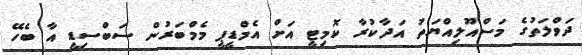
ދަވްލަތުގެ މަސްއޫލިއްޔަތު އަދާކުރާ ކޮމިޓީ އަށް އެމްޑީޕީ މެމްބަރުން ސަބްސިޑީ އާ ބެހޭ